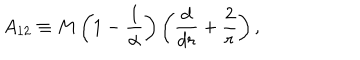
LaTeX: A _ { 1 2 } \equiv M \left( 1 - { \frac { 1 } { \alpha } } \right) \left( { \frac { d } { d r } } + { \frac { 2 } { r } } \right) ,